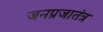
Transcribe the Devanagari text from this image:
जनप्रजातंत्र